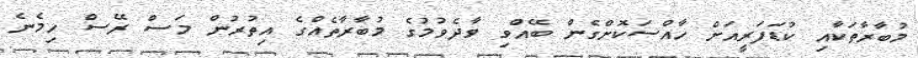
މުބާރާތަކާއި ކުޑަފަރީއަށް ހާއްސަކޮށްގެން ބޭއްވި ވާދެވުމުގެ މުބާރާތެއްގެ އިތުރުން މަސް ރޭސް ހިމެނެ